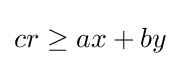
cr\geq ax+by